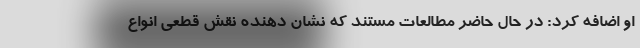
او اضافه کرد: در حال حاضر مطالعات مستند که نشان دهنده نقش قطعی انواع